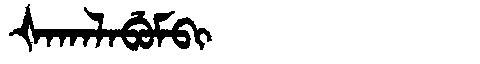
Manchu: ᡧᠠᡴᠠᠯᠠᠪᡠᠮᠪᡳ
Romanization: ŠAKALABUMBI